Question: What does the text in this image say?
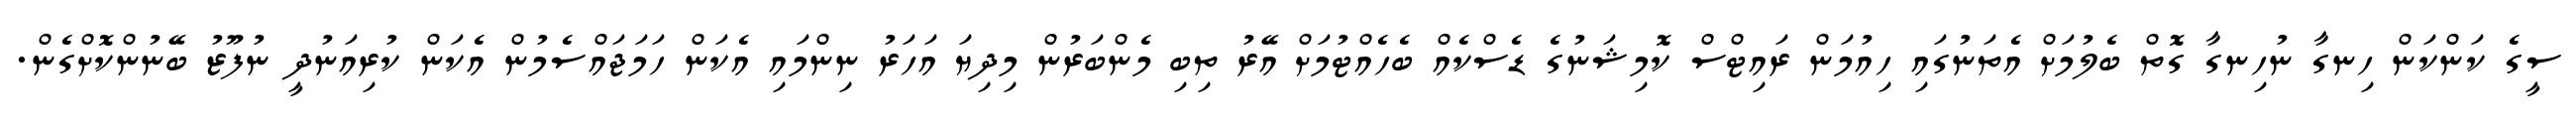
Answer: ސީގެ ކަންކަން ހިނގާ ނުހިނގާ ގޮތް ބެލުމަށް އެތަނުގައި ހިއުމަން ރައިޓްސް ކޮމިޝަނުގެ ޑެސްކެއް ބެހެއްޓުމަށް އޭރު ތިބި މެންބަރުން މިދިޔަ އަހަރު ނިންމައި އެކަން ހަމަޖައްސެމުން އެކަން ކުރިއަނުދީ ނުފޫޒު ބޭނުންކޮށްގެން.